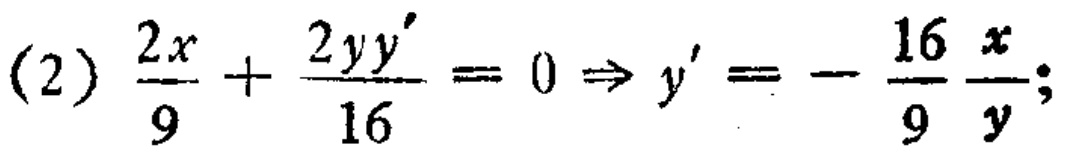
(2) \(\frac{2x}{9}+\frac{2yy'}{16}=0\Rightarrow y'=-\frac{16}{9}\frac{x}{y};\)